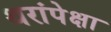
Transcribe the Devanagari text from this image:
थरांपेक्षा